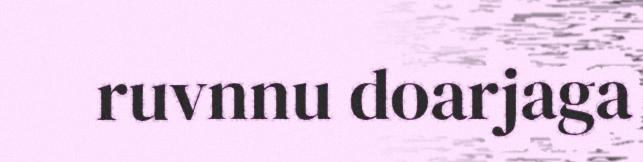
ruvnnu doarjaga